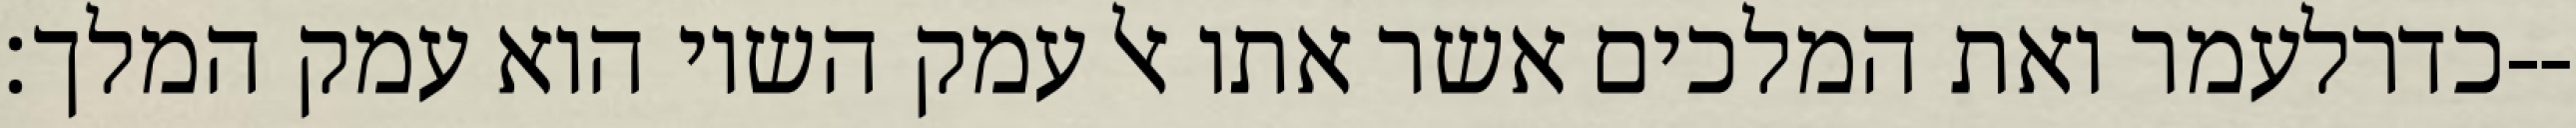
כדרלעמר ואת המלכים אשר אתו אל עמק השוי הוא עמק המלך׃--